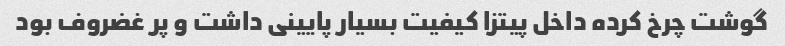
گوشت چرخ کرده داخل پیتزا کیفیت بسیار پایینی داشت و پر غضروف بود